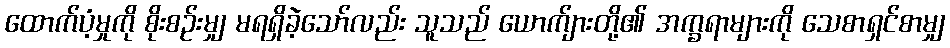
ထောက်ပံ့မှုကို စိုးစဉ်းမျှ မရရှိခဲ့သော်လည်း သူသည် ယောက်ျားတို့၏ အက္ခရာများကို သေစာရှင်စာမျှ